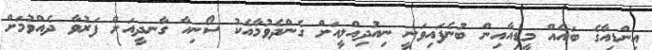
އިންޑިއާގެ ބައެއް މީޑިއާއިން ބުނެފައިވަނީ ނިއުދިއްލީއަށް ގެންދެވުމާއެކު ސޯނިއާ ގާނދީއަށް ފަރުވާ ދެއްވުމަށް